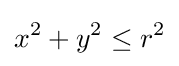
x^{2}+y^{2}\leq r^{2}